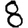
Digit: 8